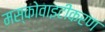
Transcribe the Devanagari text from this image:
मस्कोवाइटीकरण